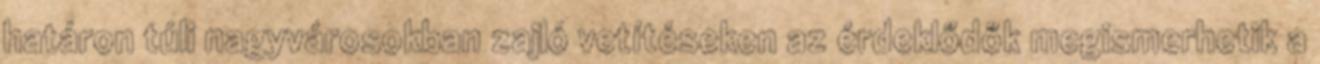
határon túli nagyvárosokban zajló vetítéseken az érdeklődők megismerhetik a